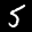
Label: 5